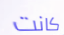
كانت